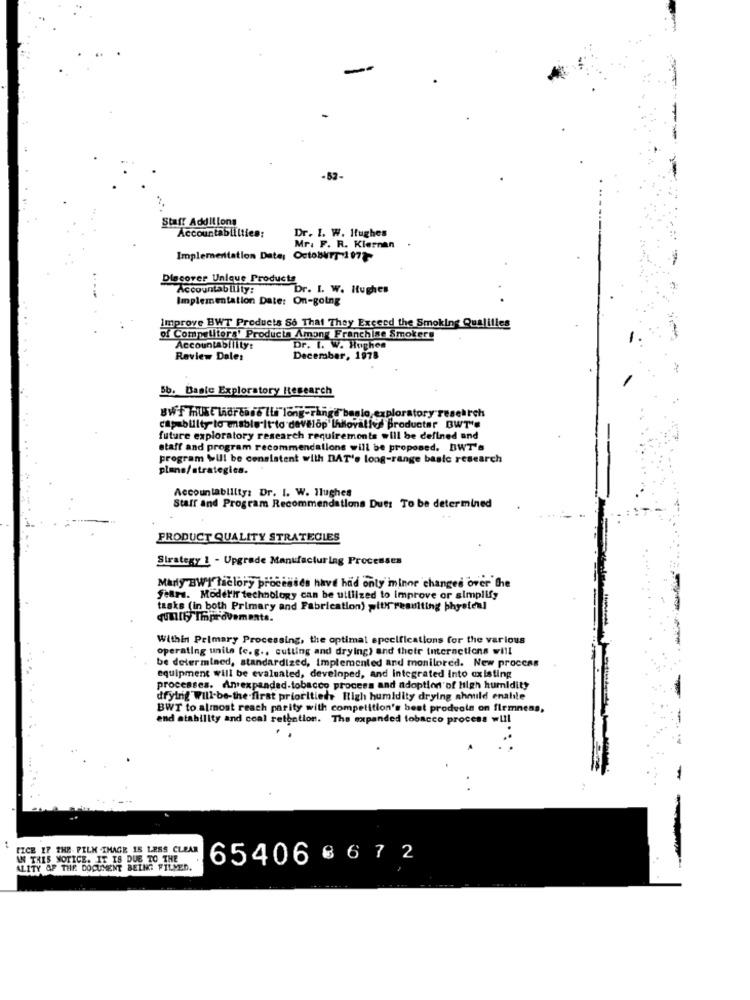
Staff Additions
Accountabliltien:
Dr. I. W. Hughes
Mr. F. R. Kiernan
Implementation Date: October7-1977-
Dlacover Unique Products
Accountability:
Dr. I. W. Hughes
Implementation Date: On-going
Improve BWT Products So That They Exceed the Smoking Qualifies
of Competitors' Products Among Franchine Smokers
Accountability:
Dr. I. W. Hughes
Review Dale:
December, 1978
Sb. Basic Exploratory Research
BWf HUSE Lidreais lis long-range baglo,exploratory research
capability to enable it to develop Ihilovalles productsr BWT'.
future exploratory research requirements will be defined and
staff and program recommendallons will be proposed. BWT'
program Will be consistent with DAT's long-range basic research
plans/strategica.
Accountability: Dr. I. W. Ilughes
Staff and Program Recommendations Duet To be determined
PRODUCT QUALITY STRATEGIES
Strategy 1 - Upgrade Manufacturing Processes
Mary BWI factory processes have had only minor changes over the
feara. Model'if technology can be utilized to improve or simplify
tasks (in both Primary and Fabrication) with"resulting physical
qunily Improvements.
Within Primary Processing, the optimal specifications for the various
operating units (c. g ., cutting and drying) and thetr interactions will
be determined, standardized, Implemented and monitored. New process
equipment will be evaluated, developed, and integrated Into existing
processes. Anexpanded-tobacco process and adoption of High humidity
dfying Will be-the first prioritiede High humidity drying ahmild enabile
BWT to almost reach parity with competition's best prodvols on firmnens,
end atability and coal retention. The expanded tobacco process will
TICE IF THE FILM IMAGE IS LESS CLEAR
AN THES MOTICE. IT IS DUE TO THE
65406 6 6 7 2
ALITY OF THE DOCUMENT BEING FILLED.